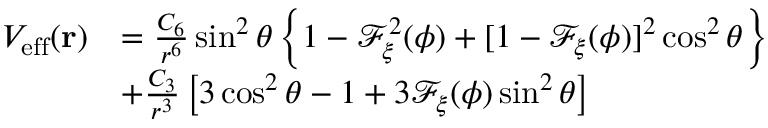
\begin{array} { r l } { V _ { \mathrm { e f f } } ( \mathbf { r } ) } & { = \frac { C _ { 6 } } { r ^ { 6 } } \sin ^ { 2 } \theta \left\{ 1 - \mathcal { F } _ { \xi } ^ { 2 } ( \phi ) + [ 1 - \mathcal { F } _ { \xi } ( \phi ) ] ^ { 2 } \cos ^ { 2 } \theta \right\} } \\ & { + \frac { C _ { 3 } } { r ^ { 3 } } \left[ 3 \cos ^ { 2 } \theta - 1 + 3 \mathcal { F } _ { \xi } ( \phi ) \sin ^ { 2 } \theta \right] } \end{array}